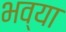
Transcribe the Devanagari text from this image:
भव्‍या